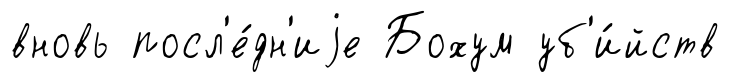
вновь посл'е́дн'иjе Бохум уб'и́йств